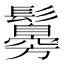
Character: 䰓